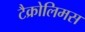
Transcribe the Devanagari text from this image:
टैक्रोलिमस